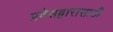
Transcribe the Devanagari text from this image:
प्रवेसद्वारासाठी